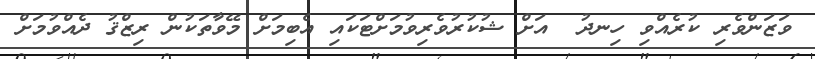
ވަޒަންވެރި ކުރެއްވި ހިނދު  އަށް ޝުކުރުވެރިވުމަށްޓަކައި އެބިމަށް މޭވާތަކުން ރިޒްޤު ދެއްވުމަށް